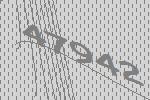
47942